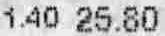
1.40 25.80